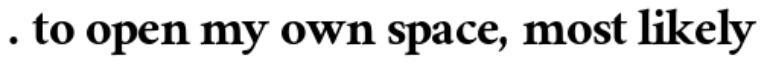
. to open my own space, most likely